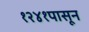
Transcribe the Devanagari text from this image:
१२४१पासून